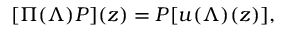
[ \Pi ( \Lambda ) P ] ( z ) = P [ u ( \Lambda ) ( z ) ] ,